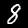
Digit: 8